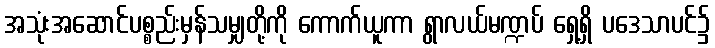
အသုံးအဆောင်ပစ္စည်းမှန်သမျှတို့ကို ကောက်ယူကာ ရွာလယ်မဏ္ဍပ် ရှေ့ရှိ ပဒေသာပင်၌